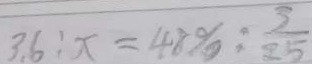
3 . 6 : x = 4 8 \% : \frac { 3 } { 2 5 }